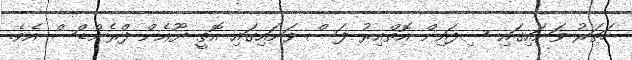
ހަތަރު ވަނައިގައި ސިފައިން އޮތްއިރު ފަސް ވަނައިގައި އޮތީ ޔޫއެން ފްރެންޑްސް އެވެ.